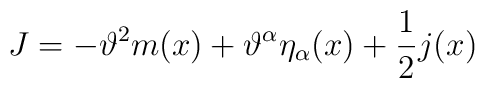
J = - \vartheta^2 m(x)  + \vartheta^\alpha \eta_\alpha(x) + \frac{1}{2} j(x)